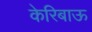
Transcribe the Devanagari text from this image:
केरिबाऊ